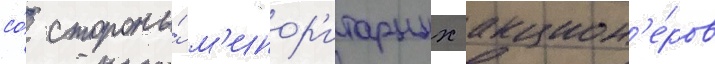
со́ стороны́ м'инор'итарных акцион'е́ров